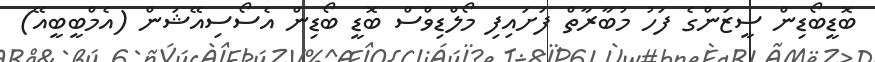
ބޮޑީބޯޑިން ސީޒަންގެ ފަހު މުބާރާތް ފަށައިފި މޯލްޑިވްސް ބޮޑީ ބޯޑިން އެސޯސިއޭޝަން (އެމްބީބީއޭ)